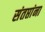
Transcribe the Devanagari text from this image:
संतप्तांना